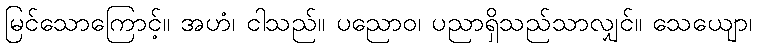
မြင်သောကြောင့်။ အဟံ၊ ငါသည်။ ပညောဝ၊ ပညာရှိသည်သာလျှင်။ သေယျော၊